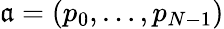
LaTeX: {\mathfrak{a}}=(p_{0},\dotsc,p_{N-1})